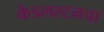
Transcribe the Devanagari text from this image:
केडलस्टनचा